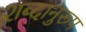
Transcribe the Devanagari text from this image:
शब्दानुरूप